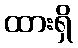
ထားရှိ